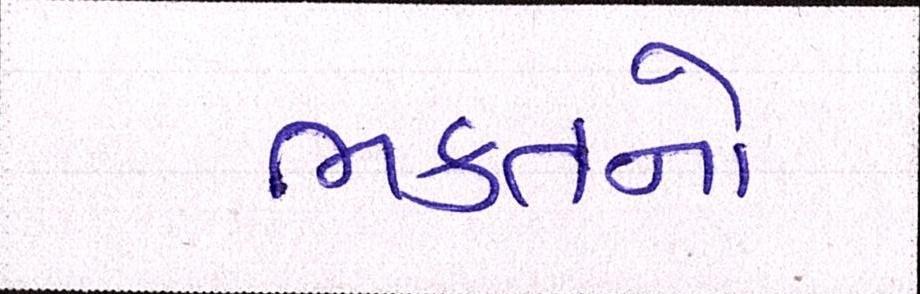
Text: ભક્તનો